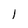
Character: 1